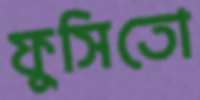
ফুসিতো